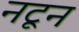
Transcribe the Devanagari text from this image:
नटून